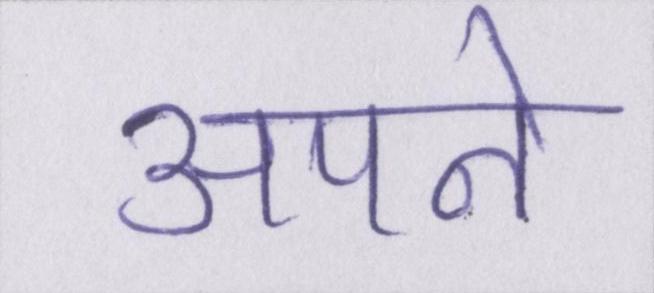
अपने